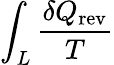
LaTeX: \int_{L}{\frac{\delta Q_{\mathrm{rev}}}{T}}